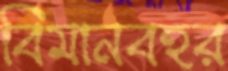
বিমানবহর